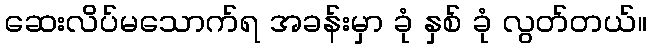
ဆေးလိပ်မသောက်ရ အခန်းမှာ ခုံ နှစ် ခုံ လွတ်တယ်။